Vital statistics of India. Vol. IV, Annual returns from 1871 to 1876. British Army of India, Native Army and jails of Bengal
Year: 1871
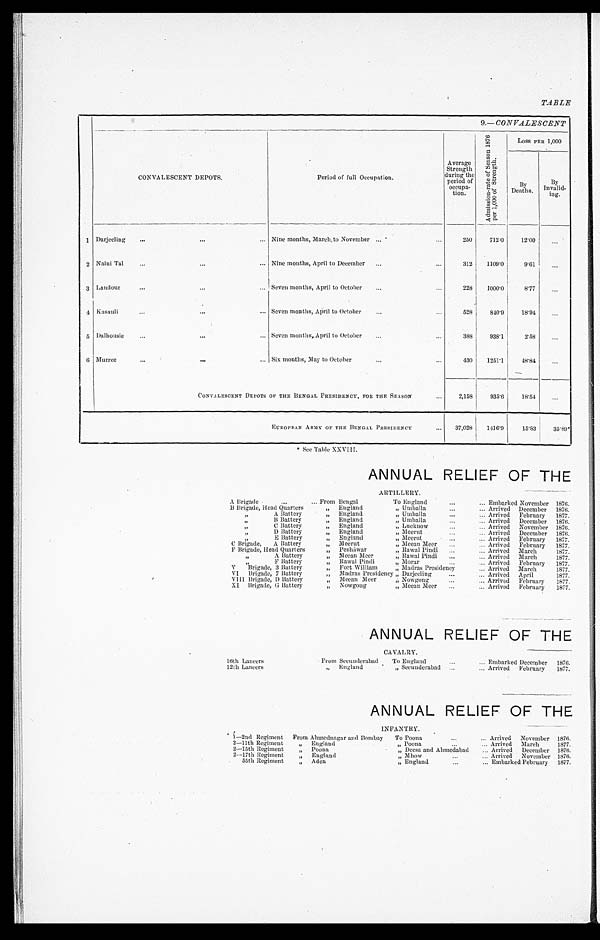
TABLE
9.— CONVALESCENT
CONVALESCENT DEPOTS.
Period of full Occupation.
Average
Strength
during the
period of
occupa-
tion.
A d m i s s i o n - r a t e o f S e a s o n 1 8 7 6
p e r 1 , 0 0 0 o f S t r e n g t h .
LOSS PER 1,000
B y
Deaths.
By
Invalid - ing.
1
Darjeeling
Ni ne mont hs, March t o November
250
712. 0
12. 00
2
Naini Tal
Nine months, April to December
312 1109. 0
9 . 6 1
3
Landour
Seven months, April to October
228 1000. 0
8 . 7 7
4 Kasauli
Seven months, April to October
528
840. 9
18. 94
5 Dalhousie
S e v e n m o n t h s , A p r i l t o O c t o b e r
388 938. 1
2 . 5 8
6 Murree
Six months, May to October
430 1251.1
48. 84
CONVALESCENT DEPOTS OF THE.B E N G A L P R E S I D E N C Y , F O R T H E S E A S O N
2,158
935. 6
18. 54
E U R O P E A N A R M Y O F T H E B E N G A L P R E S I D E N C Y
37,028 1416. 9
15. 83
35.89*
ANNUAL RELIEF OF THE
ARTILLERY.
A Brigade
From Bengal
To England
Embarked November 1876.
B Brigade, Head Quarters
" E n g l a n d
" Umballa
Arrived December 1876.
" A Battery
" E n g l a n d
" Umballa
Arrived February 1877.
" B Battery
" E n g l a n d
" Umballa
Arrived December 1876.
" C Battery
" E n g l a n d
" Lucknow
Arrived November 1876.
" D Battery
" E n g l a n d
" Meerut
Arrived December 1876.
" E Battery
" E n g l a n d
" Meerut
Arrived February 1877.
C Brigade, A Battery
" M e e r u t
" Meean Meer
Arrived February 1877.
F Brigade, Head Quarters
" P e s h á w a r
" Rawal Pindi
Arrived March
1877.
" A Battery
" M e e a n M e e r
" Rawal Pindi
Arrived March
1877.
" F B a t t e r y
" R a w a l P i n d i
" Morar
Arrived February 1877.
V Brigade, 3 Battery
" F o r t W i l l i a m
" Madras Presidency
Arrived March
1 8 7 7 .
VI Brigade, 7 Battery
" Madras Presidency" Darjeeling
Arrived April
1877.
VIII Brigade, D Battery
" M e e a n M e e r
,, Nowgong
Arrived February 1877.
XI Brigade, G Battery
" N o w g o n g
" Meean Meer
Arrived February 1877.
ANNUAL RELIEF OF THE
CAVALRY.
16th Lancers
F r o m S e c u n d e r a b a d
To England
Embarked December 1876.
1 2 t h L a n c e r s
" England
" Secunderabad
Arrived February 1877.
ANNUAL RELIEF OF THE
INFANTRY.
1—2nd Regiment F r o m A h m e d n a g a r a n d B o m b a y
To Poona
Arrived November 1876.
2 — 1 1 t h R e g i m e n t
England
" P o o n a
Arrived March
1877.
2 — 1 5 t h R e g i m e n t
" Poona
" D e e s a a n d A h m e d a b a d
Arrived December 1876.
2 — 1 7 t h R e g i m e n t
" England
" M h o w
Arrived November 1876.
55th Regiment
" Aden
" E n g l a n d
Embarked February 1877.